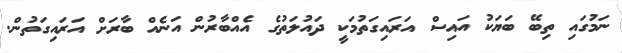
ނަމުގައި ތިބޭ ބަޔަކު އައިސް އަރައިގަތުމަކީ ދައުލަތުގެ އެއްބާރުން އަނެއް ބާރަށް އަރައިގަތުން.